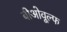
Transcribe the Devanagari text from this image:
बीओवूल्फ